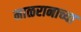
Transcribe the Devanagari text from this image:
माळरानाच्या